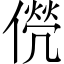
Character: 㒌